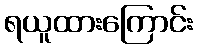
ရယူထားကြောင်း